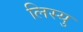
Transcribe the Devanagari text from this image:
लिस्यु